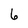
Character: 6